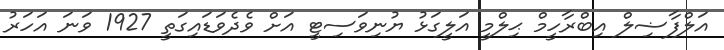
އަލްފާޟިލް އިބްރާހީމް ޙިލްމީ އަލީގަޅު ޔުނިވަސިޓީ އަށް ވެދެވަޑައިގަތީ 1927 ވަނަ އަހަރު